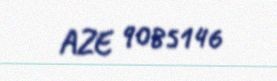
AZE 9085146